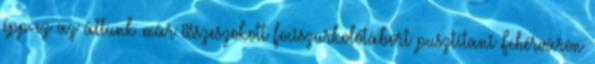
épp ez az áttunk már összeszokott fociszurkolótábort pusztítani Fehérváron